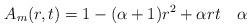
LaTeX: \begin{align*}A_m(r,t)=1-(\alpha+1)r^2+\alpha rt\quad\alpha\end{align*}